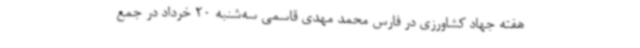
هفته جهاد کشاورزی در فارس محمد مهدی قاسمی سه‌شنبه 20 خرداد در جمع